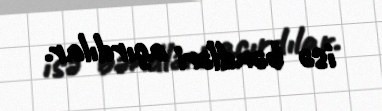
isə bəndləri açırdılar.